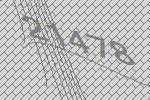
21478